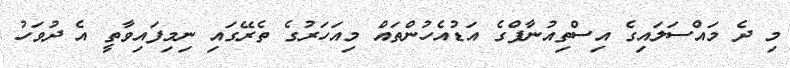
މި ދެ މައްސަލައިގެ އިސްތިއުނާފްގެ އަޑުއެހުންތައް މިއަހަރުގެ ތެރޭގައި ނިމިފައިވާތީ އެ ދުވަހު